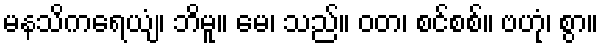
မနသိကရေယျံ၊ ဘိမူ။ မေ၊ သည်။ ဝတ၊ စင်စစ်။ ဗဟုံ၊ စွာ။